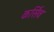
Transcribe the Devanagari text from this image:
कर्सिव